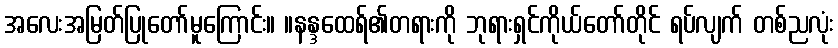
အလေးအမြတ်ပြုတော်မူကြောင်း။ ။နန္ဒထေရ်၏တရားကို ဘုရားရှင်ကိုယ်တော်တိုင် ရပ်လျက် တစ်ညလုံး